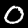
Label: 0